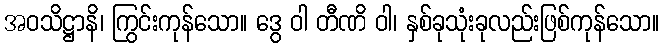
အဝသိဋ္ဌာနိ၊ ကြွင်းကုန်သော။ ဒွေ ဝါ တီဏိ ဝါ၊ နှစ်ခုသုံးခုလည်းဖြစ်ကုန်သော။